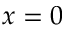
x = 0